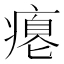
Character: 瘪